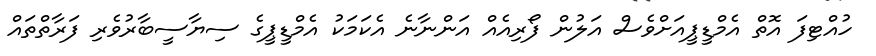
ހުއްޓިފަ އޮތް އެމްޑީޕީއަށްވެސް އަލުން ފޯރިއެއް އަންނާނެ އެކަމަކު އެމްޑީޕީގެ ސިޔާސީބާރުވެރި ފަރާތްތައް